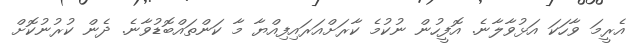
އެރީމަ ވާހަކަ އަޅުވާލާނެ. އޮފީހުން ނުކުމެ ކާރަށްއަރައިފިއްޔާ މާ ކަންތައްބޮޑުވާނެ. ދެން ކުރުނުކޮށް